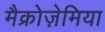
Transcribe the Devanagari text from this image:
मैक्रोज़ेमिया